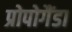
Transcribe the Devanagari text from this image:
प्रोपोगैंडा